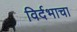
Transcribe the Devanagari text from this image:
विर्दभाचा